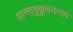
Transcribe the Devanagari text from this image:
शान्तनुकुलनन्दन